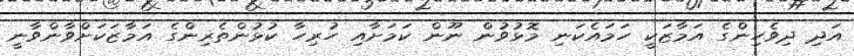
އަދި ދިވެހިންގެ އަމާޒަކީ ހަމައެކަނި މޮޅުވުން ނޫން ކަމަށާއި ހުރިހާ ކުޅުންތެރިންގެ އަމާޒަކަށްވާންވާނީ